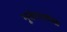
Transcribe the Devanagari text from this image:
भूकंपालेख